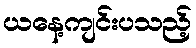
ယနေ့ကျင်းပသည့်